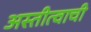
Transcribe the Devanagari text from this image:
अस्तीत्वाची